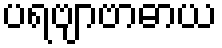
ပရဗျာဗာဓာယ